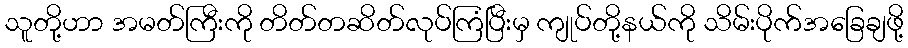
သူတို့ဟာ အမတ်ကြီးကို တိတ်တဆိတ်လုပ်ကြံပြီးမှ ကျုပ်တို့နယ်ကို သိမ်းပိုက်အခြေချဖို့